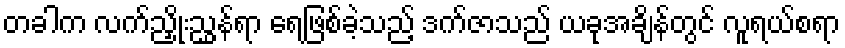
တခါက လက်ညှိုးညွှန်ရာ ရေဖြစ်ခဲ့သည့် ဒက်ဇာသည် ယခုအချိန်တွင် လူရယ်စရာ